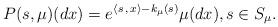
LaTeX: \begin{align*} P(s,\mu)(dx)= e^{\langle s \,,\, x\rangle-k_{\mu}(s)}\mu(d x), s\in S_{\mu}.\end{align*}